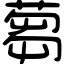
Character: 蒭